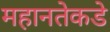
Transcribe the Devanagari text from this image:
महानतेकडे